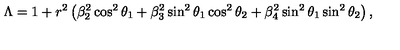
\Lambda = 1 + r ^ { 2 } \left( \beta _ { 2 } ^ { 2 } \cos ^ { 2 } \theta _ { 1 } + \beta _ { 3 } ^ { 2 } \sin ^ { 2 } \theta _ { 1 } \cos ^ { 2 } \theta _ { 2 } + \beta _ { 4 } ^ { 2 } \sin ^ { 2 } \theta _ { 1 } \sin ^ { 2 } \theta _ { 2 } \right) ,